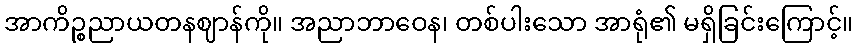
အာကိဉ္စညာယတနဈာန်ကို။ အညာဘာဝေန၊ တစ်ပါးသော အာရုံ၏ မရှိခြင်းကြောင့်။